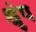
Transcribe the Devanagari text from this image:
श्रृंप